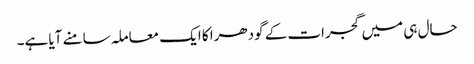
حال ہی میں گجرات کے گودھرا کا ایک معاملہ سامنے آیا ہے۔